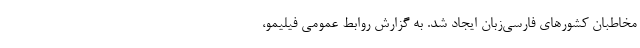
مخاطبان کشورهای فارسی‌زبان ایجاد شد. به گزارش روابط عمومی فیلیمو،